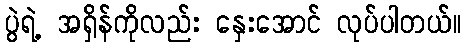
ပွဲရဲ့ အရှိန်ကိုလည်း နှေးအောင် လုပ်ပါတယ်။